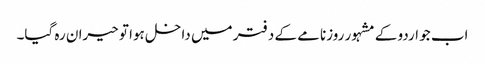
اب جو اردو کے مشہور روزنامے کے دفتر میں داخل ہوا تو حیران رہ گیا۔